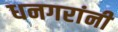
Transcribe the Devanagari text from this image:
धनगरांनी